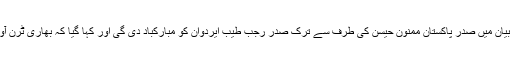
پاکستانی وزارت خارجہ کی طرف سے جاری کردہ بیان میں صدر پاکستان ممنون حیسن کی طرف سے ترک صدر رجب طیب ایردوان کو مبارکباد دی گی اور کہا گیا کہ بھاری ٹرن آوٹ ترکی کی مستحکم جمہوریت کی گواہی دیتی ہے۔